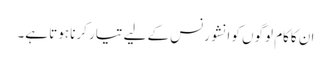
ان کاکام لوگوں کو انشورنس کے لیے تیار کرنا ہوتا ہے۔